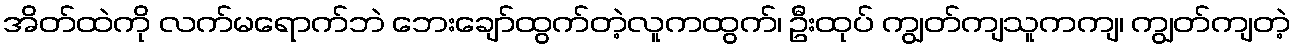
အိတ်ထဲကို လက်မရောက်ဘဲ ဘေးချော်ထွက်တဲ့လူကထွက်၊ ဦးထုပ် ကျွတ်ကျသူကကျ၊ ကျွတ်ကျတဲ့